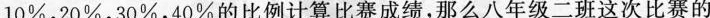
10%，20%，30%，40\%的比例计算比赛成绩，那么八年级二班这次比赛的